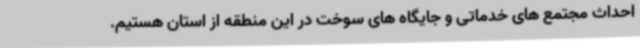
احداث مجتمع های خدماتی و جایگاه های سوخت در این منطقه از استان هستیم.